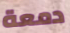
دمعة